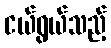
ငယ်ရွယ်သည့်